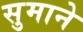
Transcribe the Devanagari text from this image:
सुमाने